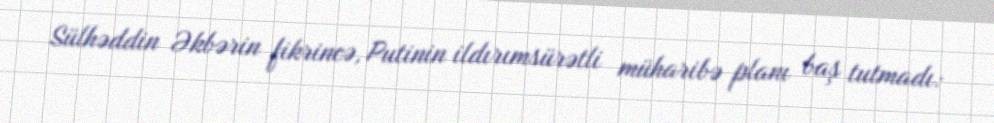
Sülhəddin Əkbərin fikrincə, Putinin ildırımsürətli müharibə planı baş tutmadı: